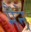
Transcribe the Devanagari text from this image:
मैंनें